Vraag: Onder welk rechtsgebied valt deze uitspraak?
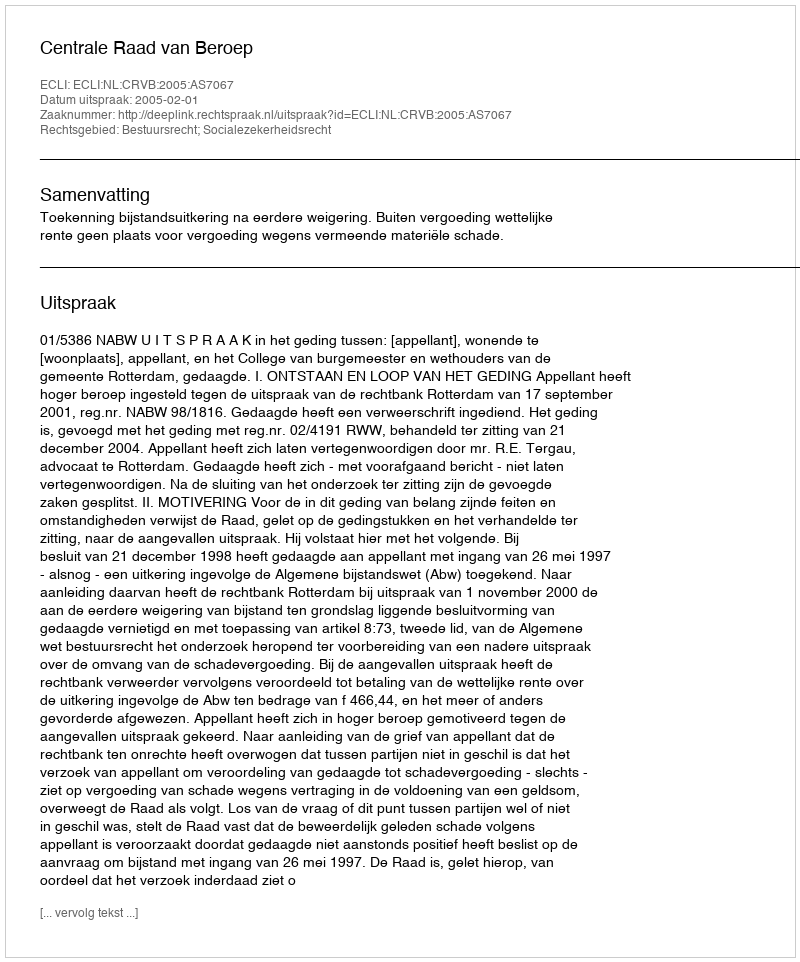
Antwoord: Bestuursrecht; Socialezekerheidsrecht